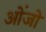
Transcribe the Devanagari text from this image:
ओंजो